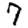
Digit: 7